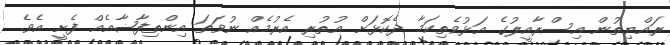
ރައްޔިތުން އިސްރާއީލުގެ އަޅުވެތިކަމާ ދެކޮޅަށް އުތުރި އެރުމެއް ނުވަތަ އިންތިފާޟާއެއް ފެށީ އެވެ.